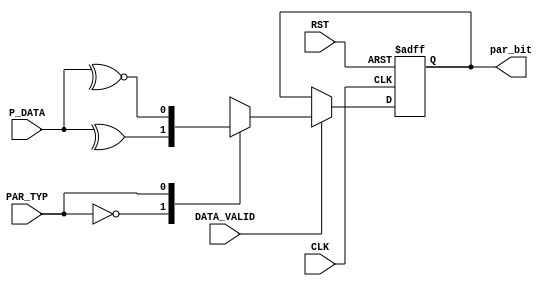
module parity_calc #(parameter WIDTH = 8)
(
    input   wire [WIDTH-1:0]    P_DATA                  ,
    input   wire                DATA_VALID              ,
    input   wire                PAR_TYP                 ,
    input   wire                CLK                     ,
    input   wire                RST                     ,

    output  reg                 par_bit
);

/********************************************************************************************/
/********************************************************************************************/

    always@(posedge CLK or negedge RST)

        begin
        
            if(!RST)
                
                par_bit <= 1'd0				            ;
                
            else if(DATA_VALID)
                begin

                    case(PAR_TYP)
                    
                        1'b0:    par_bit <= ^P_DATA     ;
                        1'b1:    par_bit <= ~^P_DATA    ;
                        default: par_bit <= 1'd0		;
                    
                    endcase
            
                end
        
        end

endmodule